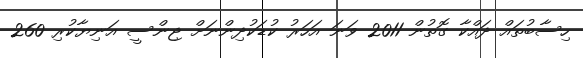
ހިސާބުތައް ދައްކާ ގޮތުން 2011 ވަނަ އަހަރު ކުޑަކުދިންނަށް ޖިންސީ އަނިޔާކުރި 260